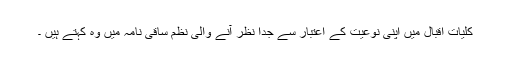
كلیاتِ اقبال میں اپنی نوعیت كے اعتبار سے جدا نظر آنے والی نظم ساقی نامہ میں وہ كہتے ہیں ۔